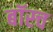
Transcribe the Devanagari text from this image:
बॉस्च